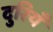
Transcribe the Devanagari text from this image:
दुरियँ